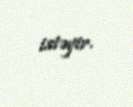
istəyir.